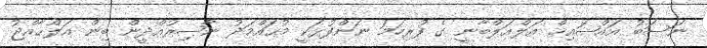
ނަސަބު އައްޝައިޚް އަލްއަލްބާނީ ގެ ފުރިހަމަ ނަންފުޅަކީ މުޙައްމަދު ނާޞިރުއްދީން ބިން އަލްޙާއްޖު